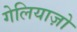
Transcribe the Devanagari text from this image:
गेलियाज़ो